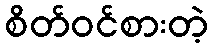
စိတ်ဝင်စားတဲ့